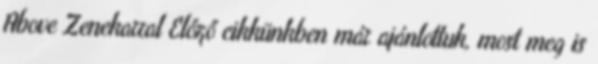
Above Zenekarral Előző cikkünkben már ajánlottuk, most meg is